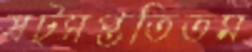
ষট্‌সপ্ততিতম